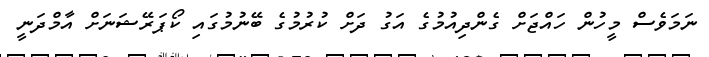
ނަމަވެސް މީހުން ހައްޖަށް ގެންދިއުމުގެ އަގު ދަށް ކުރުމުގެ ބޭނުމުގައި ކޯޕަރޭޝަނަށް އާމްދަނީ